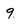
Character: 9